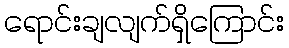
ရောင်းချလျက်ရှိကြောင်း